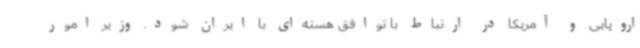
اروپایی و آمریکا در ارتباط با توافق هسته‌ای با ایران شود. وزیر امور